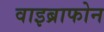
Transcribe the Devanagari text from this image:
वाइब्राफोन